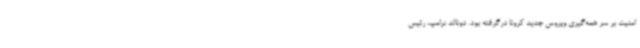
امنیت بر سر همه‌گیری ویروس جدید کرونا درگرفته بود. دونالد ترامپ، رئیس